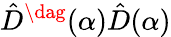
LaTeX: \hat{D}^{\dag}(\alpha)\hat{D}(\alpha)